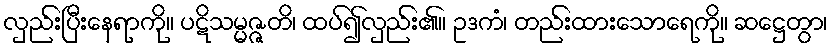
လှည်းပြီးနေရာကို။ ပဋိသမ္မဇ္ဇတိ၊ ထပ်၍လှည်း၏။ ဥဒကံ၊ တည်းထားသောရေကို။ ဆဋ္ဌေတွာ၊